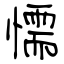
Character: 懦